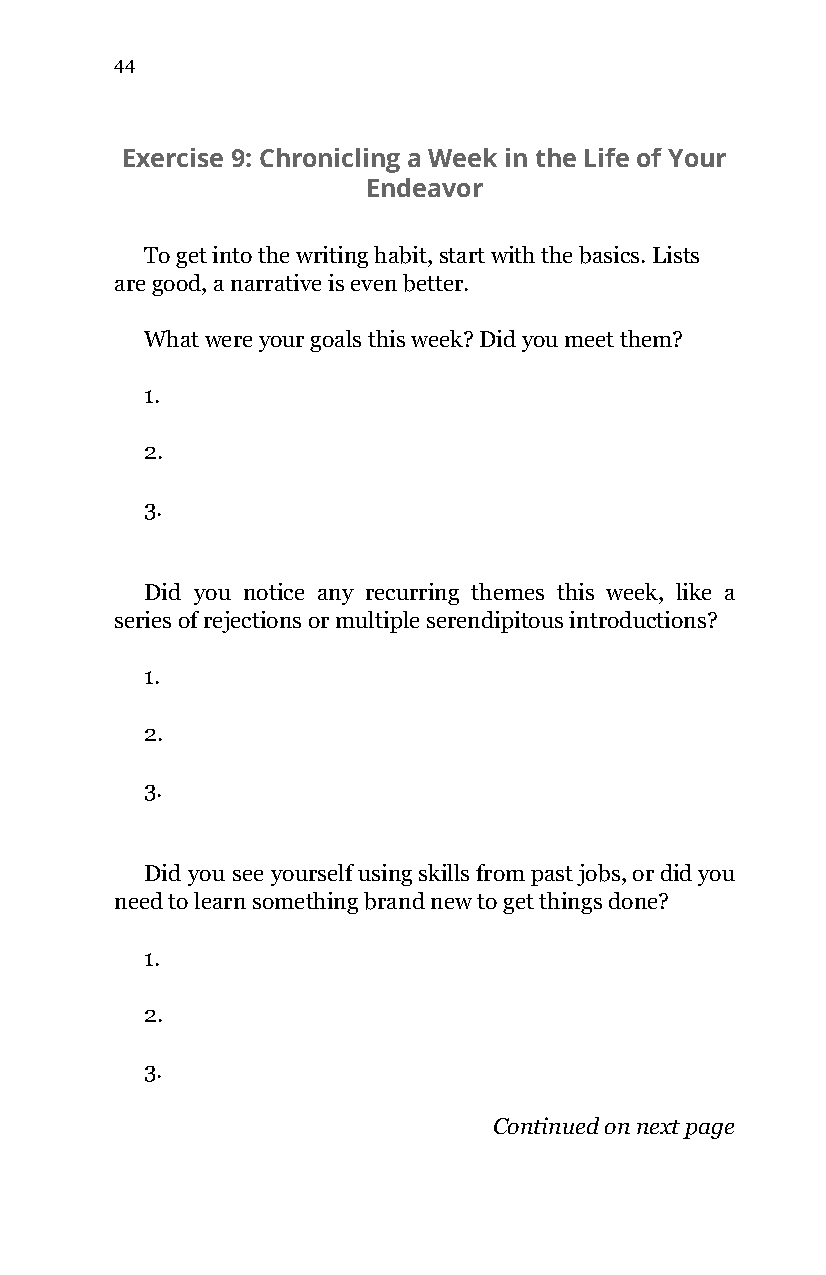
44
 Exercise 9: Chronicling a Week in the Life of Your
 Endeavor
 To get into the writing habit, start with the basics. Lists
 are good, a narrative is even better.
 What were your goals this week? Did you meet them?
 1.
 2.
 3.
 Did you notice any recurring themes this week, like a
 series of rejections or multiple serendipitous introductions?
 1.
 2.
 3.
 Did you see yourself using skills from past jobs, or did you
 need to learn something brand new to get things done?
 1.
 2.
 3.
 Continued on next page